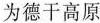
为德干高原